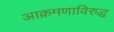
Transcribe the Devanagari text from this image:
आक्रमणाविरुद्ध